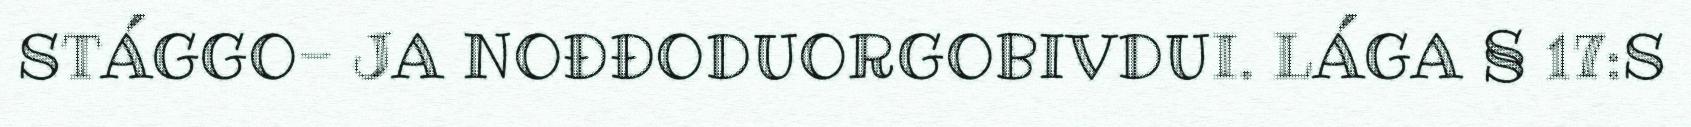
STÁGGO- JA NOĐĐODUORGOBIVDUI. LÁGA § 17:S